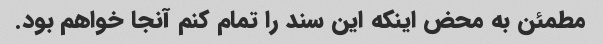
مطمئن به محض اینکه این سند را تمام کنم آنجا خواهم بود.